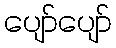
ပျော်ပျော်